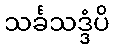
သင်္ခသဒ္ဒံပိ